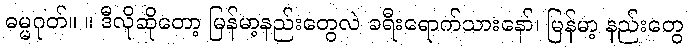
ဓမ္မဂုတ်။ ။ ဒီလိုဆိုတော့ မြန်မာ့နည်းတွေလဲ ခရီးရောက်သားနော်၊ မြန်မာ့ နည်းတွေ